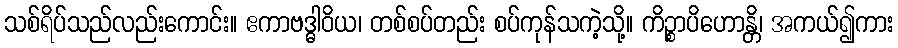
သစ်ရိပ်သည်လည်းကောင်း။ ဧကာဗဒ္ဓါဝိယ၊ တစ်စပ်တည်း စပ်ကုန်သကဲ့သို့။ ကိဉ္စာပိဟောန္တိ၊ အကယ်၍ကား